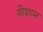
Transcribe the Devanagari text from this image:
नीशाम